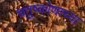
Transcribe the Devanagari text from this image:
चतुष्कोणाच्या